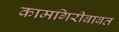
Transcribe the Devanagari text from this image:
कामगिरीबाबत